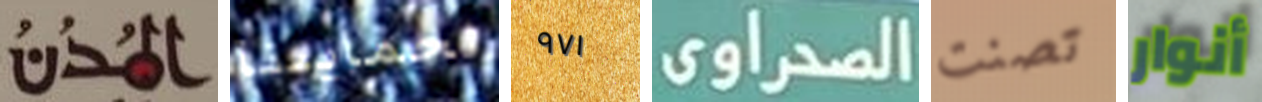
المدن لحمايتنا ٩٧١ الصحراوى تصنت أنوار